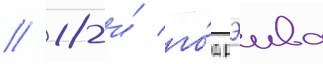
/ 18-и́ го́д рэива